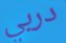
دربي